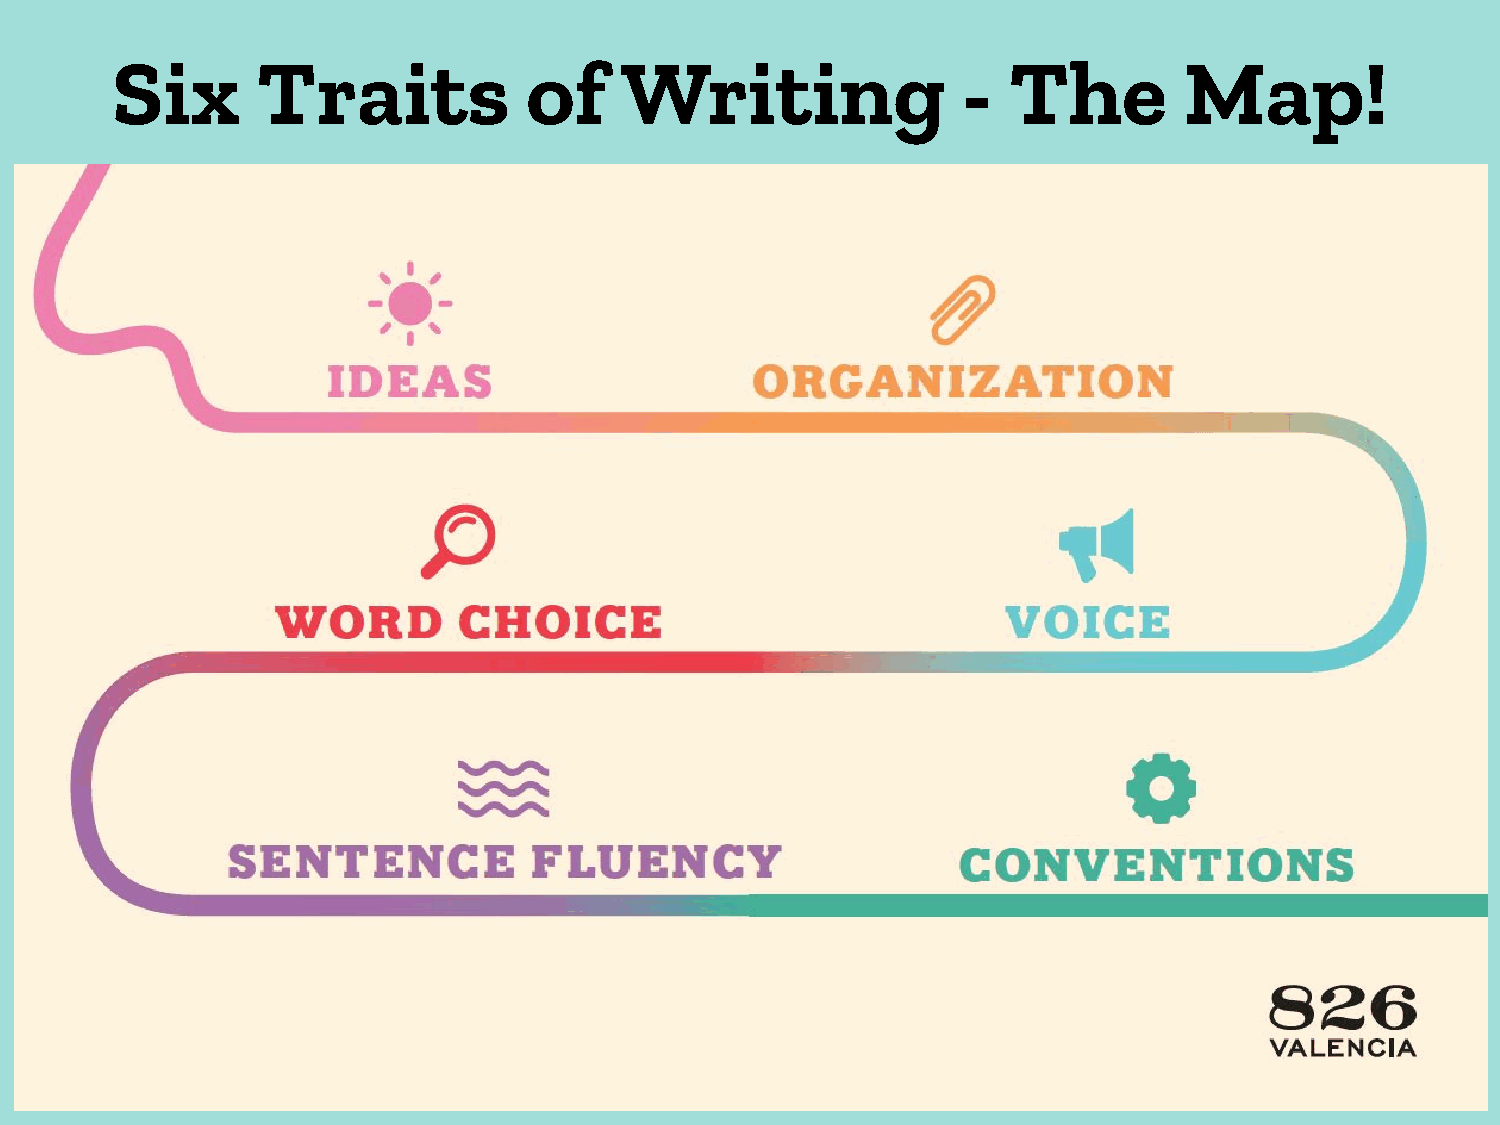
Six       Traits            of    Writing                -  The        Map!